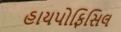
હાયપોફિસિલ